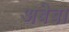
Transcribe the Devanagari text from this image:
अबेबा